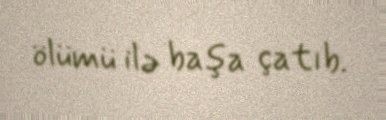
ölümü ilə başa çatıb.